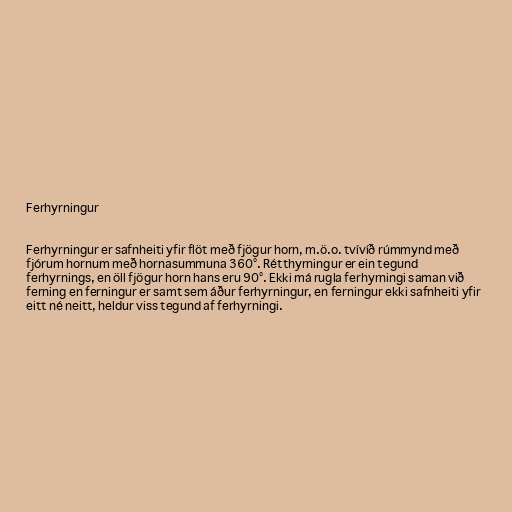
Ferhyrningur

Ferhyrningur er safnheiti yfir flöt með fjögur horn, m.ö.o. tvívíð rúmmynd með
fjórum hornum með hornasummuna 360°. Rétthyrningur er ein tegund
ferhyrnings, en öll fjögur horn hans eru 90°. Ekki má rugla ferhyrningi saman við
ferning en ferningur er samt sem áður ferhyrningur, en ferningur ekki safnheiti yfir
eitt né neitt, heldur viss tegund af ferhyrningi.